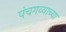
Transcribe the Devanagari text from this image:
पंचगव्याच्या